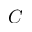
{ \cal C }